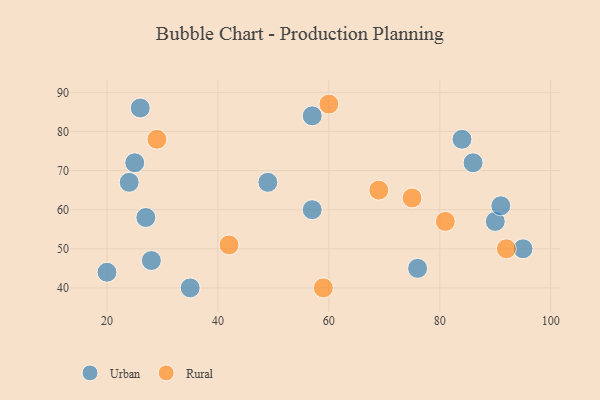
{"axis": {"x": "GDP", "y": "Life Expectancy"}, "legend": ["Rural", "Urban"], "data": [{"x": "27", "y": 58, "type": "Urban"}, {"x": "26", "y": 86, "type": "Urban"}, {"x": "49", "y": 67, "type": "Urban"}, {"x": "24", "y": 67, "type": "Urban"}, {"x": "20", "y": 44, "type": "Urban"}, {"x": "35", "y": 40, "type": "Urban"}, {"x": "90", "y": 57, "type": "Urban"}, {"x": "76", "y": 45, "type": "Urban"}, {"x": "95", "y": 50, "type": "Urban"}, {"x": "86", "y": 72, "type": "Urban"}, {"x": "84", "y": 78, "type": "Urban"}, {"x": "91", "y": 61, "type": "Urban"}, {"x": "57", "y": 84, "type": "Urban"}, {"x": "28", "y": 47, "type": "Urban"}, {"x": "25", "y": 72, "type": "Urban"}, {"x": "57", "y": 60, "type": "Urban"}, {"x": "59", "y": 40, "type": "Rural"}, {"x": "75", "y": 63, "type": "Rural"}, {"x": "60", "y": 87, "type": "Rural"}, {"x": "81", "y": 57, "type": "Rural"}, {"x": "92", "y": 50, "type": "Rural"}, {"x": "29", "y": 78, "type": "Rural"}, {"x": "42", "y": 51, "type": "Rural"}, {"x": "69", "y": 65, "type": "Rural"}]}